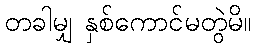
တခါမျှ နှစ်ကောင်မတွဲမိ။